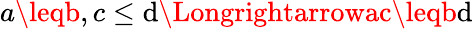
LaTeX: a\leqb,c\leq\mathrm{d}\Longrightarrowac\leqb\mathrm{d}